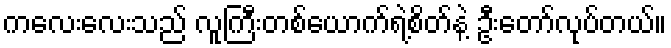
ကလေးလေးသည် လူကြီးတစ်ယောက်ရဲ့စိတ်နဲ့ ဦးတော်လုပ်တယ်။